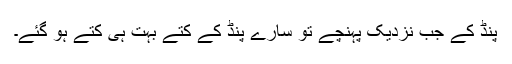
پنڈ کے جب نزدیک پہنچے تو سارے پنڈ کے کتے بہت ہی کتے ہو گئے۔